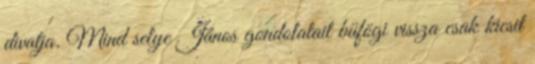
divatja. Mind selye János gondolatait büfögi vissza csak kicsit